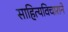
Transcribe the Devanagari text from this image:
साहित्यविचाराने